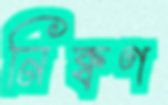
নিক্বণ